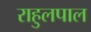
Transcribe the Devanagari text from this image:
राहुलपाल